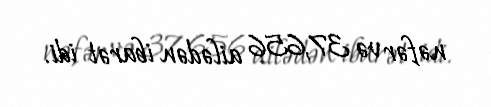
nəfər və 37,656 ailədən ibarət idi.